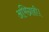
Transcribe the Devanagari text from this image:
अभिग्राही।